Annual report on the health of the army in India
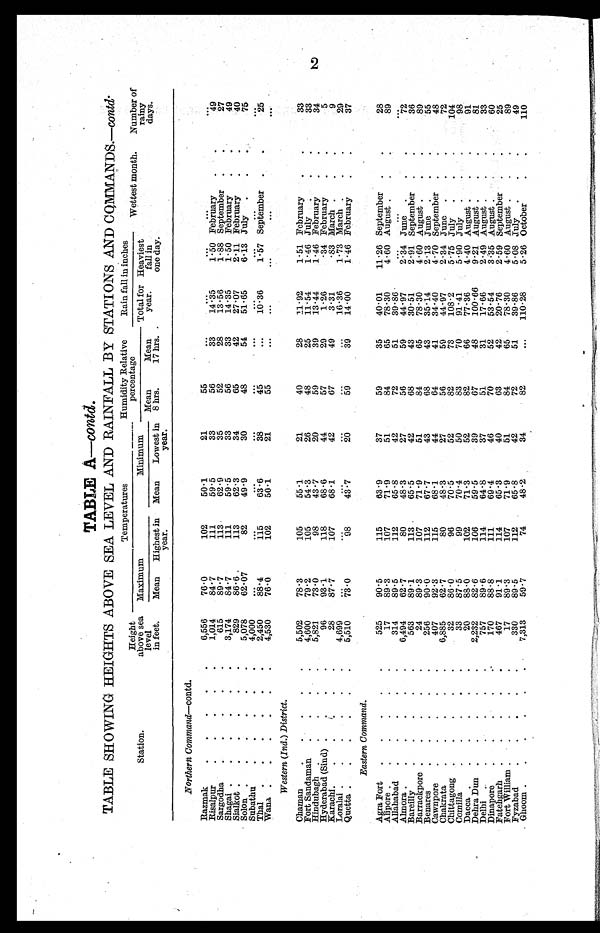
TABLE A—contd.
TABLE SHOWING HEIGHTS ABOVE SEA LEVEL AND RAINFALL BY STATIONS AND CQMMANDS.—contd.
Station.
Height
above sea
level
in feet.
Temperatures
Humidity Relative
percentage
Rain fall in inches
Wettest month.
Number of
rainy
days.
Maximum
Minimum
Total for
year
.
Heaviest
fall in
one day.
Mean
8 hrs.
Mean
17 hrs.
Mean
Lowest in
year.
Mean
Highest in
year.
Northern Command —contd.
Razmak
. . . • •
6,556
76.0
102
50.1
21
55
. . .
...
. . .
. . .
. . .
Risalpur
. . .
1,014
84.7
111
59.5
33
56
3 3
14.35
1.50 February
.
49
Sargodha
615
89.7
113
62.9
35
52
28
13.56
1.88 September
.
27
Shagai . . . . . •
3,174
84.7
111
59.5
33
56
33
14.35
1.50 February
. .
49
Sialkot . . . . . •
829
86.6
113
62.3
34
65
42
27.07
2.11 February
. .
40
Solon . . . . . •
5,078
62.07
82
49.9
30
48
54
51.65
6.13 July
. .
75
Subathu
. . . . .
4,000 ...
. . .
. . .
. . .
. .
. . .
...
. . .
. . .
. . .
Thal
.
.
.
2,450
88.4
115
63.6
3 8
45
. . .
10.36
1.57 September
. .
25
Wana .
.
.
.
.
.
4,530
76.0
102
50.1
21
55
. . .
. . .
. . .
. . .
. . .
Western (Ind.) District.
Chaman.
5,502
78.3
105
55.1
21
40
28
11.92
1.51 February
. .
33
Fort Sandaman.
.
4,600
79.2
105
54.3
26
48
25
11.54
1.46 July
. . .
33
Hindubagh . . . . .
5,821
73.0
98
43. 7
20
59
39
13.44
1.46 February
. .
34
Hyderabad (Sind) . . • -
96
93.1
118
68.6
44
57
29
1.26
• 34 February
. .
5
Karachi.
..
.
.
28
87.7
107
68.1
42
67
49
3.31
.83 March . . .
9
Loralai . . . .
4,699 ...
. . .
...
. . .
. . .
. . .
19.36
1.73
March
. .
2 9
Quetta . . . .
5,510
73.0
9 8
43.7
2 0
5 9
3 9
14.00 1.46
February
3 7
Eastern Command.
Agra Fort
. . . . •
525
90.5
115
63.9
37
59
35
40.01
11.26 September
. .
28
Alipore . . . . . •
17
89.3
107
71.9
51
84
65
78.30
4.60 August
89
Allahabad
. . . . •
314
89.5
112
65.8
42
72
51
39.86
. . .
. . .
. . .
Almora . . . . . •
6,494
62.7
80
48.3
27
56
59
44.97
2.34 June
. . .
72
Bareilly.
563
89.1
113
65.5
42
68
43
30.51
2.91 September
. .
36
Barrackpore . . . . •
24
89.3
107
71.9
51
84
65
78.30
4.60 August
.
89
Benares.
256
90.0
112
67.7
4 3
6 8
4 3
35.14 2.13
J u n e . . .
5 5
Cawnpore
. . . • •
407
92.3
115
68.1
44
64
41
34.40
4.70
S e p t e m b e r . . .
4 8
Chakrata
. . . • •
6,885
62.7
80
48.3
27
56
59
44.97
2.34 June
. . .
72
Chittagong
. . . • •
32
86.0
96
70.5
52
82
73
108.2
5.75 July
. . .
104
Comilla
33
87.5
99
70.4
50
83
70
91.41
5.90 July
. • -
98
Dacca . . . . . •
20
88.0
102
71.3
52
82
66
77.36
4.40 August . . .
91
Dehra Dun . . . . •
2,232
82.6
106
59.5
39
6 7
48
100.66
9.21 August . . .
81
Delhi . .
757
89.6
114
61.8
37
5 1
31
17.66
2.49
August . . .
3 3
Dinapore
170
88.8
111
69.4
46
7 0
52
53.34
3 . 3 5 August . . .
6 0
Fatehgarh
. . . . .
467
91.1
114
65.3
4 0
6 3
4 2
20.76 2.59
S e p t e m b e r . . . .
2 5
Fort William .
17
89.3
107
71.9
51
84
65
78.30
4.60 August . . .
89
Fyzabad
. . . • •
330
89.5
112
65.8
4 2
7 2
5 1
39.86
5.08
July . . .
4 9
Ghoom . . . . . •
7,313
59.7
74
48.2
34
8 2
. . . 110.28
5.26
O c t o b e r . . .
1 1 0
2